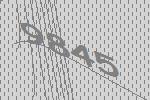
9845